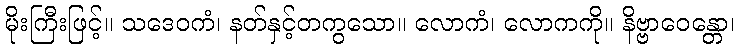
မိုးကြီးဖြင့်။ သဒေဝကံ၊ နတ်နှင့်တကွသော။ လောကံ၊ လောကကို။ နိဗ္ဗာဝေန္တော၊